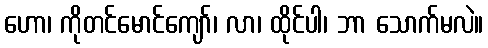
ဟော၊ ကိုတင်မောင်ကျော်၊ လာ၊ ထိုင်ပါ၊ ဘာ သောက်မလဲ။